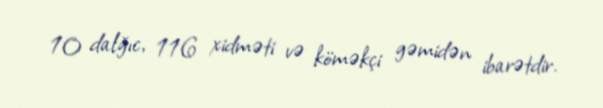
10 dalğıc, 116 xidməti və köməkçi gəmidən ibarətdir.